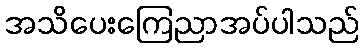
အသိပေးကြေညာအပ်ပါသည်